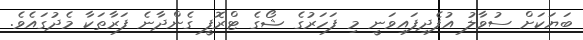
ބަޔަކަށް ސުވާލު އުފެދިފައިވަނީ މި ފަހަރުގެ ޝޯގެ ޓްރޮފީ ގެންދާނެ ފަރާތަކާ މެދުގައެވެ.